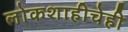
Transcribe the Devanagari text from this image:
लोकशाहीचेही